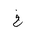
Letter: _kha